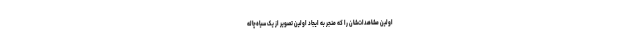
اولین مشاهدات‌شان را که منجر به ایجاد اولین تصویر از یک سیاه‌چاله